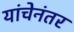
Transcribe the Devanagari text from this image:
यांचेनंतर